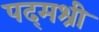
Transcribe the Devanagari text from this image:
पद्‌मश्री